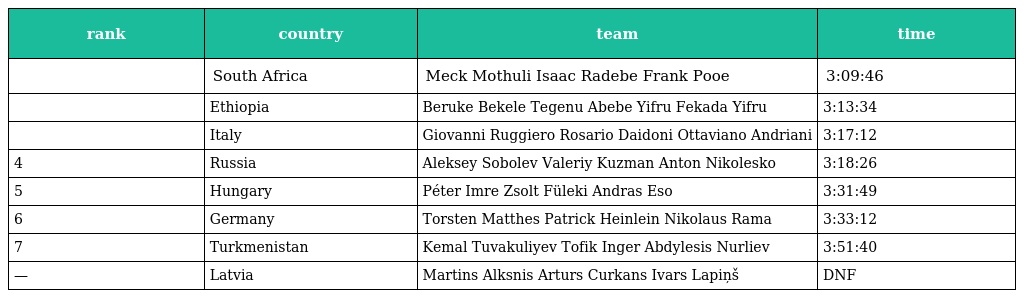
| rank | country | team | time |
 | --- | --- | --- | --- |
 |  | South Africa | Meck Mothuli Isaac Radebe Frank Pooe | 3:09:46 |
 |  | Ethiopia | Beruke Bekele Tegenu Abebe Yifru Fekada Yifru | 3:13:34 |
 |  | Italy | Giovanni Ruggiero Rosario Daidoni Ottaviano Andriani | 3:17:12 |
 | 4 | Russia | Aleksey Sobolev Valeriy Kuzman Anton Nikolesko | 3:18:26 |
 | 5 | Hungary | Péter Imre Zsolt Füleki Andras Eso | 3:31:49 |
 | 6 | Germany | Torsten Matthes Patrick Heinlein Nikolaus Rama | 3:33:12 |
 | 7 | Turkmenistan | Kemal Tuvakuliyev Tofik Inger Abdylesis Nurliev | 3:51:40 |
 | — | Latvia | Martins Alksnis Arturs Curkans Ivars Lapiņš | DNF |